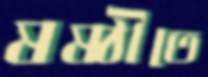
ষষ্ঠীতে